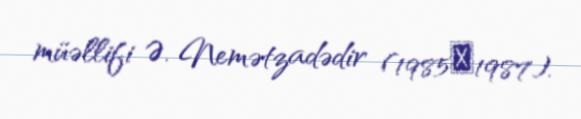
müəllifi Ə. Nemətzadədir (1985�1987).